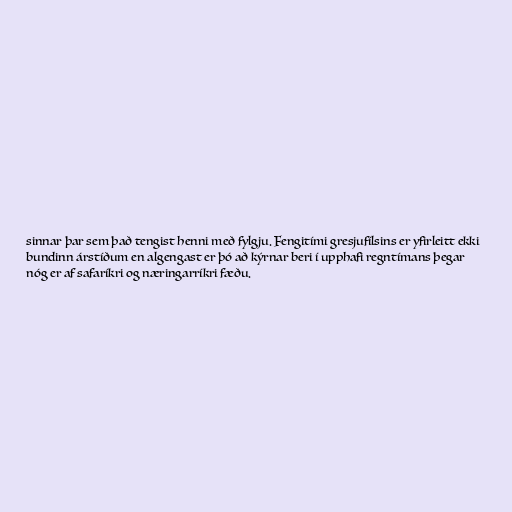
sinnar þar sem það tengist henni með fylgju. Fengitími gresjufílsins er yfirleitt ekki
bundinn árstíðum en algengast er þó að kýrnar beri í upphafi regntímans þegar
nóg er af safaríkri og næringarríkri fæðu.